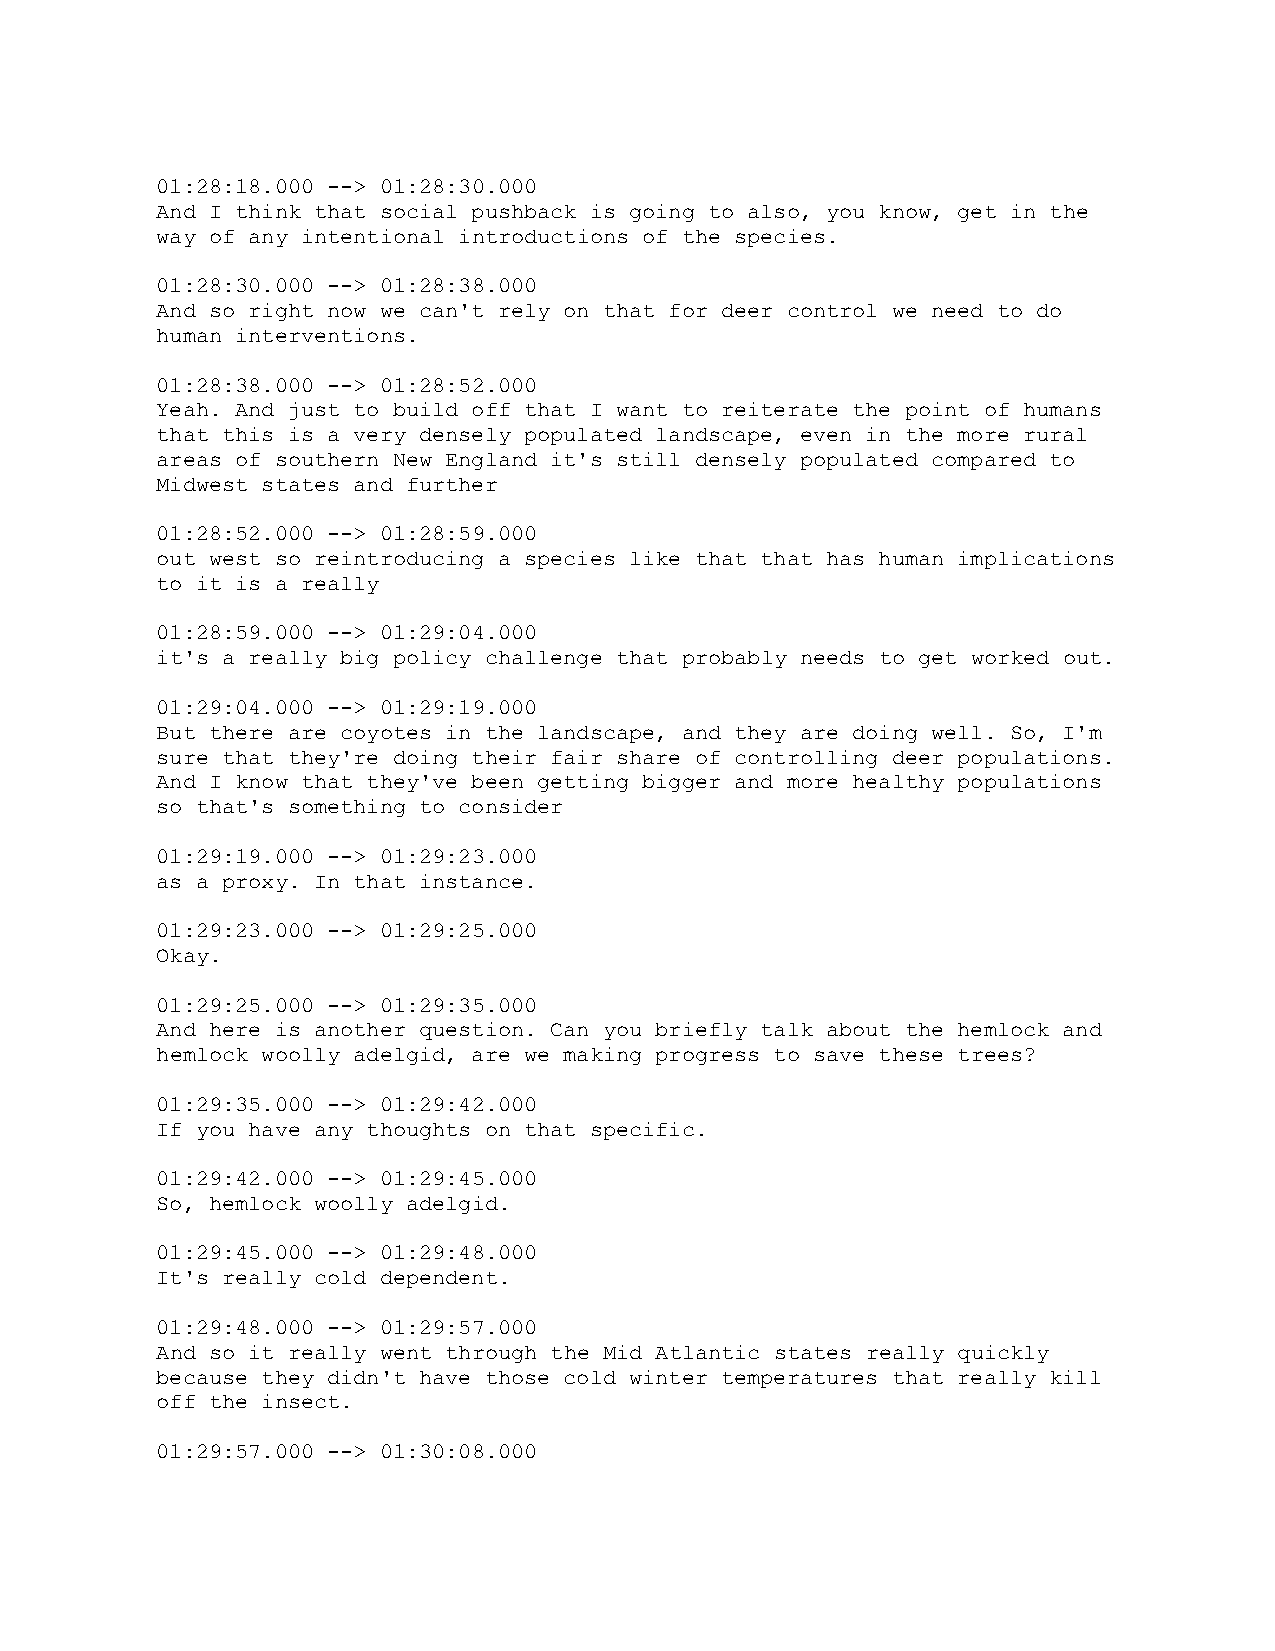
01:28:18.000 --> 01:28:30.000
 And I think that social pushback is going to also, you know, get in the
 way of any intentional introductions of the species.
 01:28:30.000 --> 01:28:38.000
 And so right now we can't rely on that for deer control we need to do
 human interventions.
 01:28:38.000 --> 01:28:52.000
 Yeah. And just to build off that I want to reiterate the point of humans
 that this is a very densely populated landscape, even in the more rural
 areas of southern New England it's still densely populated compared to
 Midwest states and further
 01:28:52.000 --> 01:28:59.000
 out west so reintroducing a species like that that has human implications
 to it is a really
 01:28:59.000 --> 01:29:04.000
 it's a really big policy challenge that probably needs to get worked out.
 01:29:04.000 --> 01:29:19.000
 But there are coyotes in the landscape, and they are doing well. So, I'm
 sure that they're doing their fair share of controlling deer populations.
 And I know that they've been getting bigger and more healthy populations
 so that's something to consider
 01:29:19.000 --> 01:29:23.000
 as a proxy. In that instance.
 01:29:23.000 --> 01:29:25.000
 Okay.
 01:29:25.000 --> 01:29:35.000
 And here is another question. Can you briefly talk about the hemlock and
 hemlock woolly adelgid, are we making progress to save these trees?
 01:29:35.000 --> 01:29:42.000
 If you have any thoughts on that specific.
 01:29:42.000 --> 01:29:45.000
 So, hemlock woolly adelgid.
 01:29:45.000 --> 01:29:48.000
 It's really cold dependent.
 01:29:48.000 --> 01:29:57.000
 And so it really went through the Mid Atlantic states really quickly
 because they didn't have those cold winter temperatures that really kill
 off the insect.
 01:29:57.000 --> 01:30:08.000